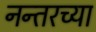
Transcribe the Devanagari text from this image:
नन्तरच्या